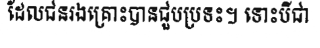
ដែលជនរងគ្រោះបានជួបប្រទះ។ ទោះបីជា